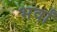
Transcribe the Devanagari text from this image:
भर्वां